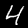
Label: 4